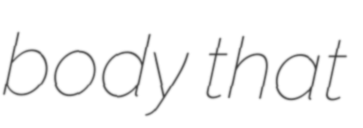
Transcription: body that